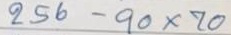
256 - 90 x 70